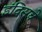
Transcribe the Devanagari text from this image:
इंदिसचे